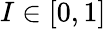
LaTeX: I\in[0,1]